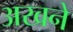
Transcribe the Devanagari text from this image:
अखने